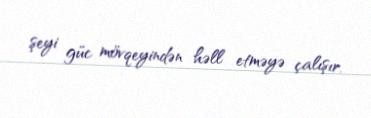
şeyi güc mövqeyindən həll etməyə çalışır.